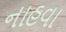
નાહવા